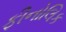
ફીનોલિક